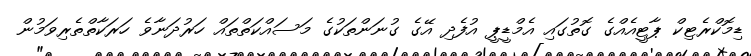
ޑިމޮކްރެޓިކް ޕާޓީއެއްގެ ގޮތުގައި އެމްޑީޕީ އުފެދި އޭގެ ގުނަންތަކުގެ މަސައްކަތްތައް ހަރުދަނާވެ ހަރަކާތްތެރިވަމުން